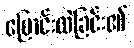
ပြောင်းလဲခြင်း၏